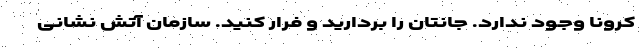
کرونا وجود ندارد. جانتان را بردارید و فرار کنید. سازمان آتش نشانی